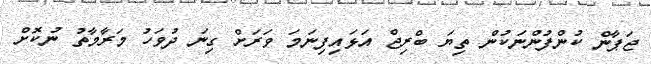
ޖަޕާން ކުންފުންނަކުން ތިޔަ ބްރިޖް އަޅައިފިނަމަ ވަރަށް ގިނަ ދުވަހު މަރާމާތު ނުކޮށް